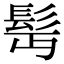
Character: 髩